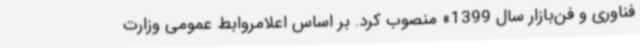
فناوری و فن‌بازار سال 1399» منصوب کرد. بر اساس اعلامروابط عمومی وزارت